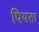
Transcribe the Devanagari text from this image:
पियता